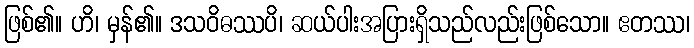
ဖြစ်၏။ ဟိ၊ မှန်၏။ ဒသဝိဓဿပိ၊ ဆယ်ပါးအပြားရှိသည်လည်းဖြစ်သော။ ဧတဿ၊